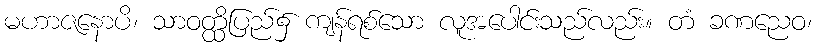
မဟာဇနောပိ၊ သာဝတ္ထိပြည်၌ ကျန်ရစ်သော လူအပေါင်းသည်လည်း။ တံ ခဏညေဝ၊